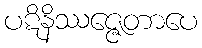
ပဋိနိဿဇ္ဇေတာပေ